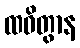
ထဝိတွာန